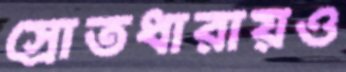
স্রোতধারায়ও